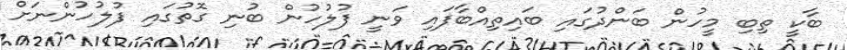
ބާކީ ތިބި މީހުން ބަންދުގައި ބައިތިއްބާފައި ވަނީ ފުލުހުން ބުނި ގޮތުގައި ފުލުހުންނަށް